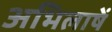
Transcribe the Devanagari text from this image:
अभिलाषें